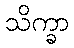
သိက္ခာ